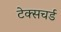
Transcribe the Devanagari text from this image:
टेक्सचर्ड